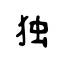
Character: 独